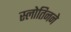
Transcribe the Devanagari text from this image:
स्लोतिनने